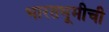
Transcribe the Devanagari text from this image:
भारतभूमीची